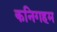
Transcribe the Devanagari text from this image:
कनिगहम